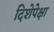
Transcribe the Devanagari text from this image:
दिशेपेक्षा